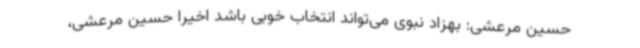
‌حسین مرعشی: بهزاد نبوی می‌تواند انتخاب خوبی باشد اخیرا حسین مرعشی،